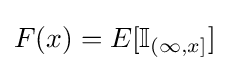
F(x)=E[\mathbb {I} _{(\infty ,x]}]